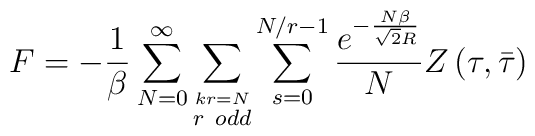
F=-\frac{1}{\beta}\sum_{N=0}^{\infty}\sum_{\stackrel{kr=N}{r\ odd}}\sum_{s=0}^{N/r-1}\frac{e^{-\frac{N\beta}{\sqrt{2}R}}}{N}Z\left(\tau,\bar\tau\right)